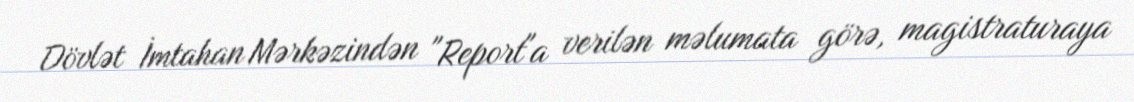
Dövlət İmtahan Mərkəzindən "Report"a verilən məlumata görə, magistraturaya